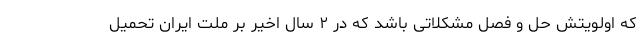
که اولویتش حل و فصل مشکلاتی باشد که در ۲ سال اخیر بر ملت ایران تحمیل